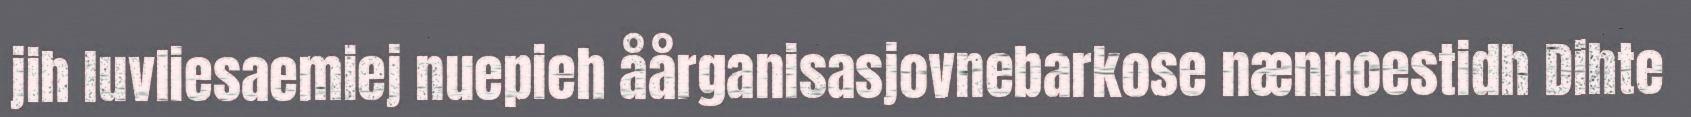
jih luvliesaemiej nuepieh åårganisasjovnebarkose nænnoestidh Dihte